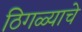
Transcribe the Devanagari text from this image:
ठिगळ्याचे